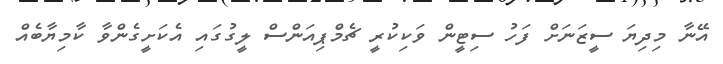
އޭނާ މިދިޔަ ސީޒަނަށް ފަހު ސިޓީން ވަކިކުރީ ޗެމްޕިއަންސް ލީގުގައި އެކަށީގެންވާ ކާމިޔާބެއް